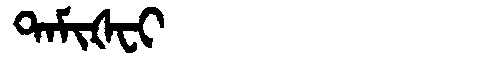
Manchu: ᡨᠠᠮᡳᡧᠸᡳ
Romanization: TAMIŠFI